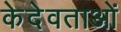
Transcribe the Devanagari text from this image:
केदेवताओं